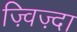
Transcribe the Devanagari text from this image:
ज़्विज़्दा